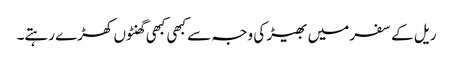
ریل کے سفر میں بھیڑ کی وجہ سے کبھی کبھی گھنٹوں کھڑے رہتے۔